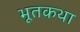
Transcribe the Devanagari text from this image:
भूतकथा